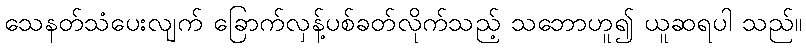
သေနတ်သံပေးလျက် ခြောက်လှန့်ပစ်ခတ်လိုက်သည့် သဘောဟူ၍ ယူဆရပါ သည်။